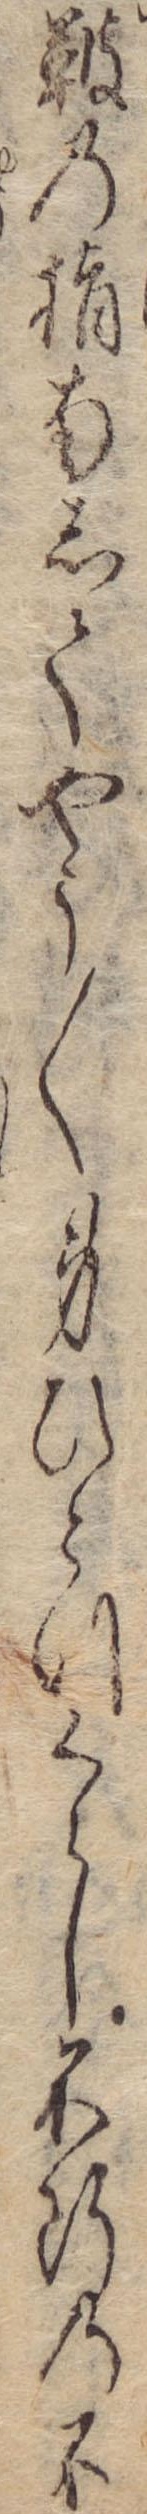
鼓の指南してやう〱身ひとつくらし不断の不